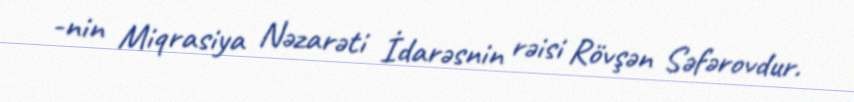
-nin Miqrasiya Nəzarəti İdarəsnin rəisi Rövşən Səfərovdur.